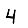
Digit: 4